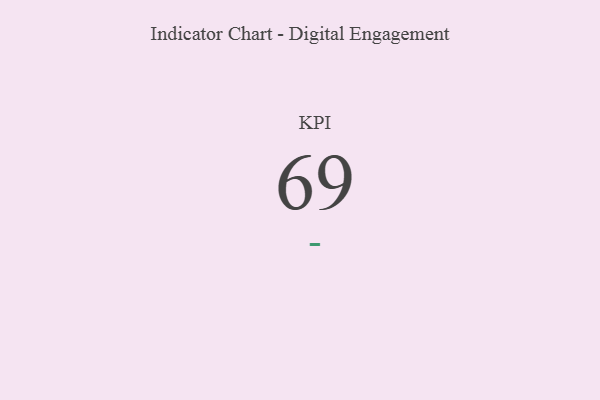
{"axis": {"x": "KPI", "y": "Value"}, "legend": [""], "data": [{"x": "KPI", "y": 69, "type": ""}]}